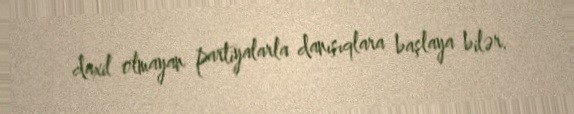
daxil olmayan partiyalarla danışıqlara başlaya bilər.